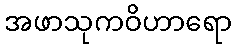
အဖာသုကဝိဟာရော